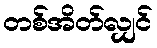
တစ်အိတ်လျှင်